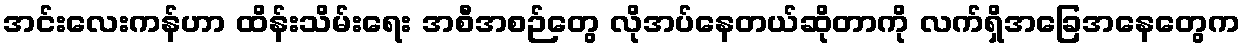
အင်းလေးကန်ဟာ ထိန်းသိမ်းရေး အစီအစဉ်တွေ လိုအပ်နေတယ်ဆိုတာကို လက်ရှိအခြေအနေတွေက